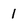
Character: 1